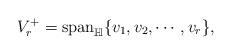
LaTeX: \begin{align*} V_{r}^{+}=\mathrm{span}_{\mathbb{H}}\{v_{1},v_{2},\cdots,v_{r}\},\end{align*}